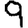
Digit: 9